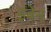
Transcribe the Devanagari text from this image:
इबेन